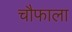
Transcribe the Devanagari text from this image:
चौफाला